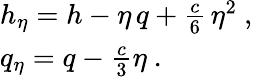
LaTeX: \begin{array}{l}{{h_{\eta}=h-\eta\, q+{\frac{c}{6}}\, \eta^{2}~,}}\\ {{q_{\eta}=q-{\frac{c}{3}}\eta~.}}\end{array}